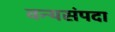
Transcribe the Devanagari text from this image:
वन्यसंपदा